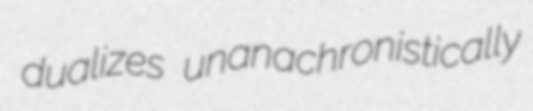
dualizes unanachronistically